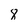
Character: 8